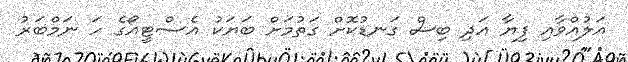
އަލުއްވާއި ފިޔާ އަދި ބިސް ގަނޑުކޮށް ގަތުމަށް ބަޔަކު އެސްޓީއޯގެ ހަ ނަމްބަރު